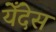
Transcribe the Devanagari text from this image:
येँदेस